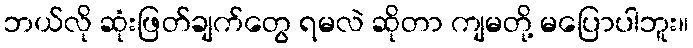
ဘယ်လို ဆုံးဖြတ်ချက်တွေ ရမလဲ ဆိုတာ ကျမတို့ မပြောပါဘူး။